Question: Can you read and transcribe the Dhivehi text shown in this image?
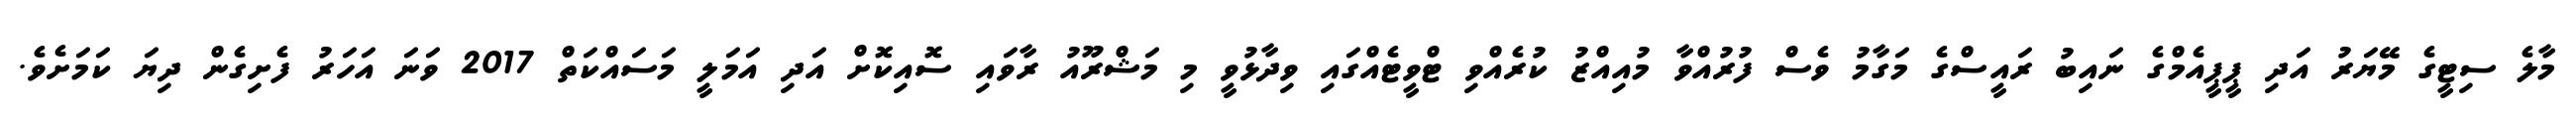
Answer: މާލެ ސިޓީގެ މޭޔަރު އަދި ޕީޕީއެމްގެ ނައިބު ރައީސްގެ މަގާމު ވެސް ފުރުއްވާ މުއިއްޒު ކުރެއްވި ޓްވީޓެއްގައި ވިދާޅުވީ މި މަޝްރޫއު ރާވައި ސޮއިކޮށް އަދި އަމަލީ މަސައްކަތް 2017 ވަނަ އަހަރު ފެށިގެން ދިޔަ ކަމަށެވެ.